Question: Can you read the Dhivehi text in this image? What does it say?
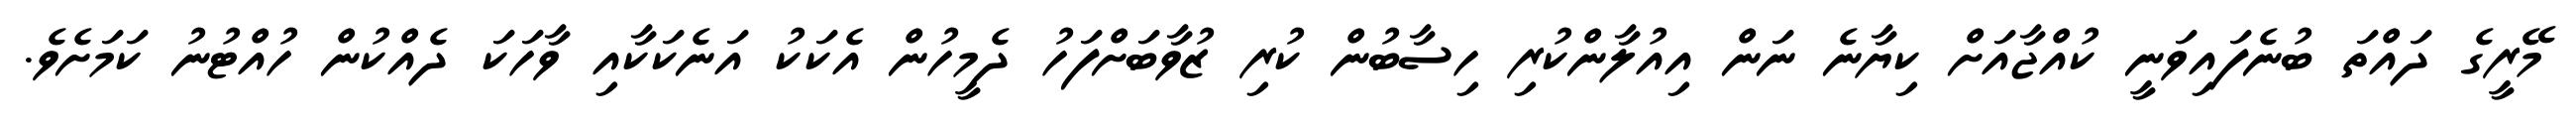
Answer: މޭރީގެ ދައްތަ ބުނެފައިވަނީ ކުއްޖާއަށް ކިޔާނެ ނަން އިއުލާންކުރި ހިސާބުން ކުރި ޒުވާބަށްފަހު ދެމީހުން އެކަކު އަނެކަކާއި ވާހަކަ ދެއްކުން ހުއްޓުނު ކަމަށެވެ.